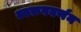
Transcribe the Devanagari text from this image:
स्वरूपवर्णन